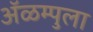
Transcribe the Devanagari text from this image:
ॲळम्पुला